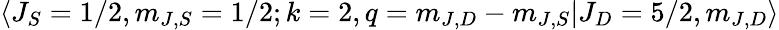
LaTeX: \langle J_{S}=1/2,m_{J,S}=1/2;k=2,q=m_{J,D}-m_{J,S}\lvert J_{D}=5/2,m_{J,D}\rangle